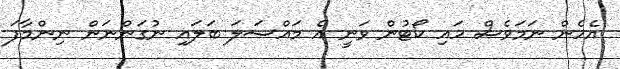
އެހެން ނަމަވެސް ހައި ކޯޓުން ވަނީ އެ މައްސަލަ ބަލައި ނުގަންނަން ނިންމާފަ